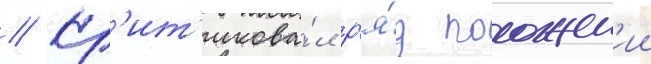
// Кр'ит'икова́л р'я́д положен'ии